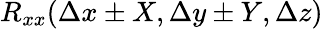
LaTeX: R_{xx}(\Delta x\pm X,\Delta y\pm Y,\Delta z)